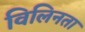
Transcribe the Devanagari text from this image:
विलिनता